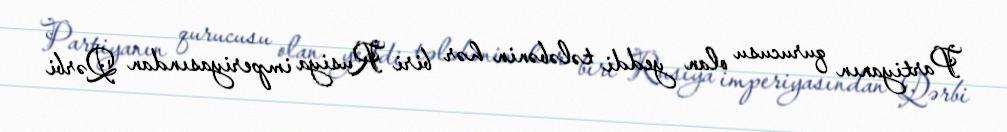
Partiyanın qurucusu olan yeddi tələbənin hər biri Rusiya imperiyasından Qərbi